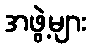
အဖွဲ့များ